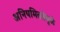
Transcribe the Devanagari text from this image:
अनियमिततेमुळे